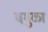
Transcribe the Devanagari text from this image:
बगुळा